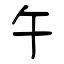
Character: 午